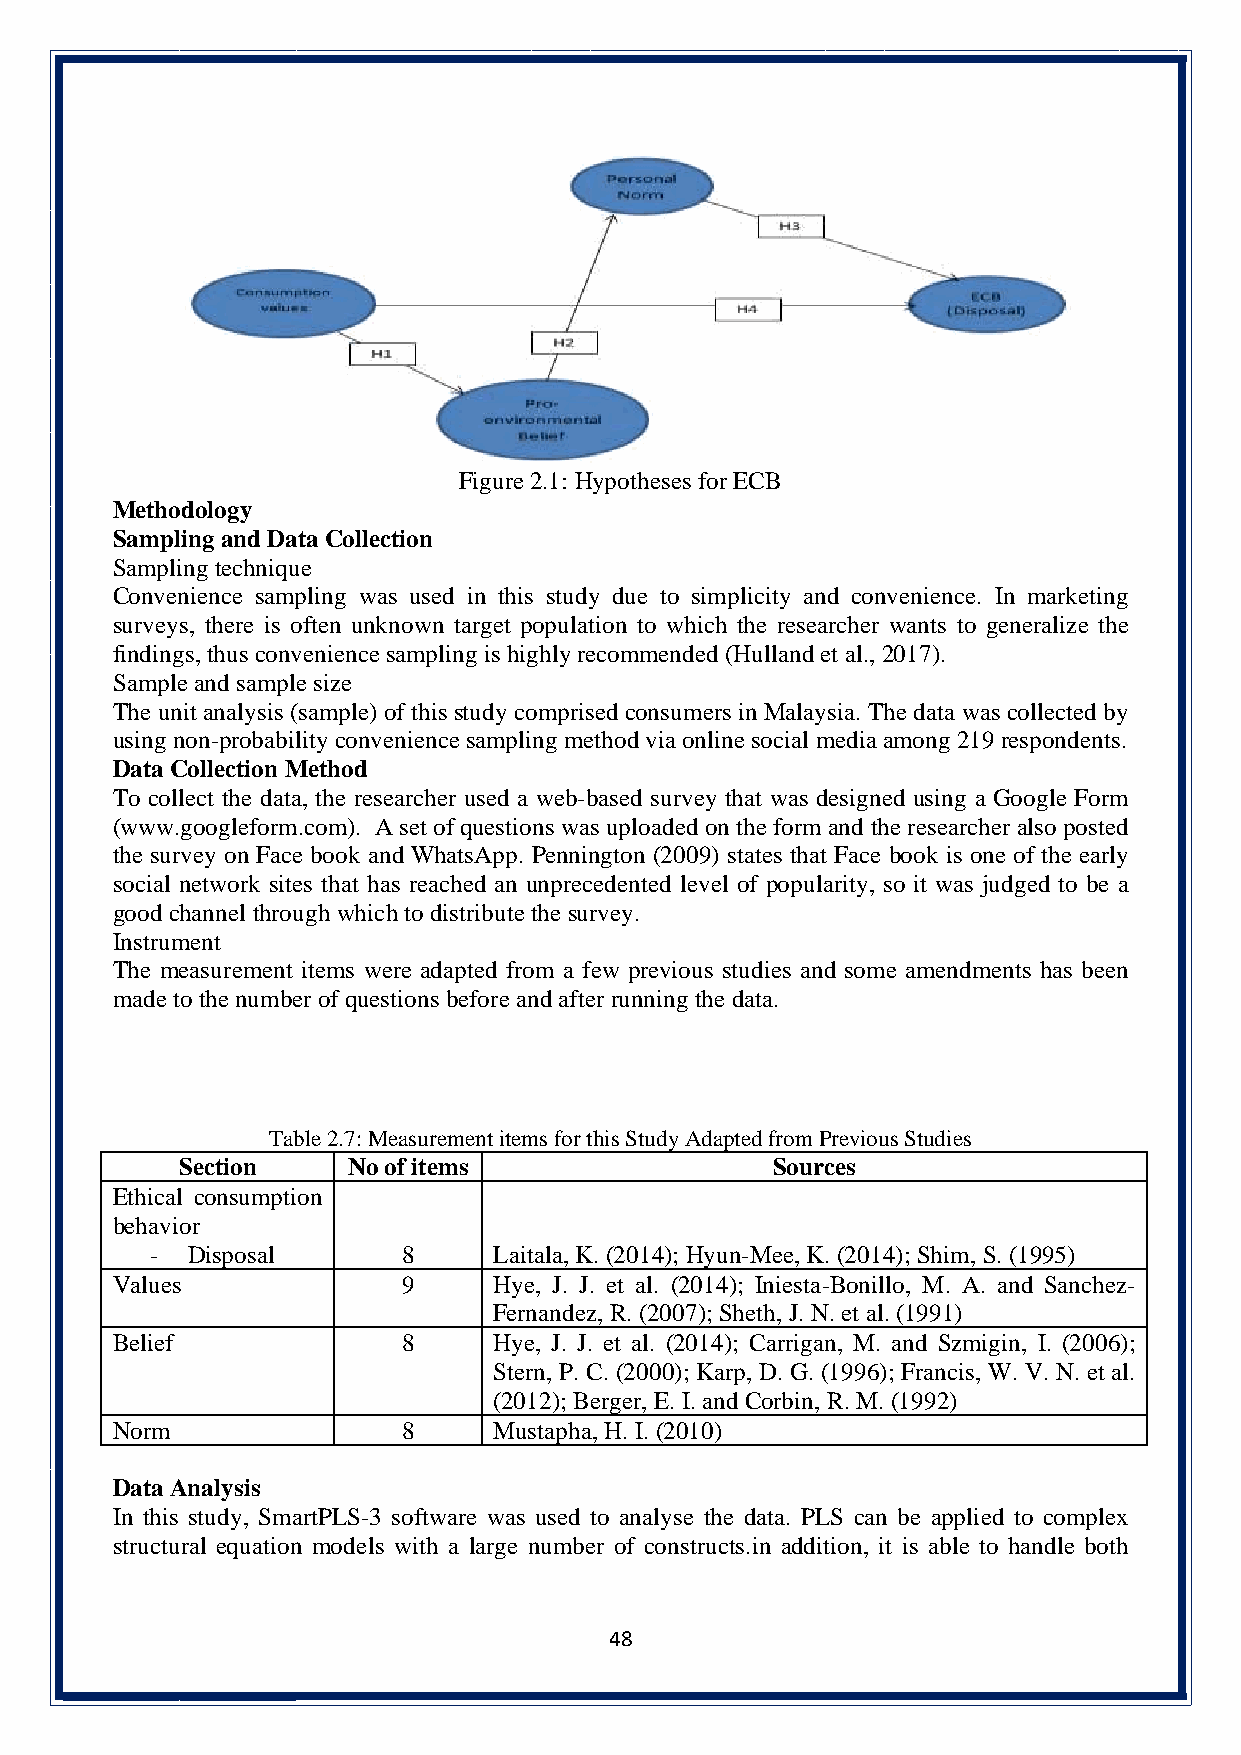
Figure 2.1: Hypotheses for ECB
 Methodology
 Sampling and Data Collection
 Sampling technique
 Convenience sampling was used in this study due to simplicity and convenience. In marketing
 surveys, there is often unknown target population to which the researcher wants to generalize the
 findings, thus convenience sampling is highly recommended (Hulland et al., 2017).
 Sample and sample size
 The unit analysis (sample) of this study comprised consumers in Malaysia. The data was collected by
 using non-probability convenience sampling method via online social media among 219 respondents.
 Data Collection Method
 To collect the data, the researcher used a web-based survey that was designed using a Google Form
 (www.googleform.com). A set of questions was uploaded on the form and the researcher also posted
 the survey on Face book and WhatsApp. Pennington (2009) states that Face book is one of the early
 social network sites that has reached an unprecedented level of popularity, so it was judged to be a
 good channel through which to distribute the survey.
 Instrument
 The measurement items were adapted from a few previous studies and some amendments has been
 made to the number of questions before and after running the data.
 Table 2.7: Measurement items for this Study Adapted from Previous Studies
 Section    No of items                 Sources
 Ethical consumption
 behavior
 - Disposal       8     Laitala, K. (2014); Hyun-Mee, K. (2014); Shim, S. (1995)
 Values              9     Hye, J. J. et al. (2014); Iniesta-Bonillo, M. A. and Sanchez-
 Fernandez, R. (2007); Sheth, J. N. et al. (1991)
 Belief              8     Hye, J. J. et al. (2014); Carrigan, M. and Szmigin, I. (2006);
 Stern, P. C. (2000); Karp, D. G. (1996); Francis, W. V. N. et al.
 (2012); Berger, E. I. and Corbin, R. M. (1992)
 Norm                8     Mustapha, H. I. (2010)
 Data Analysis
 In this study, SmartPLS-3 software was used to analyse the data. PLS can be applied to complex
 structural equation models with a large number of constructs.in addition, it is able to handle both
 48